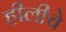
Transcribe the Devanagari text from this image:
हीलीचे